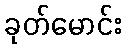
ခုတ်မောင်း